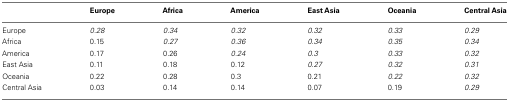
|  | Europe | Africa | America | East Asia | Oceania | Central Asia |
 | --- | --- | --- | --- | --- | --- | --- |
 | Europe | 0.28 | 0.34 | 0.32 | 0.32 | 0.33 | 0.29 |
 | Africa | 0.15 | 0.27 | 0.36 | 0.34 | 0.35 | 0.34 |
 | America | 0.17 | 0.26 | 0.24 | 0.3 | 0.33 | 0.32 |
 | East Asia | 0.11 | 0.18 | 0.12 | 0.27 | 0.32 | 0.31 |
 | Oceania | 0.22 | 0.28 | 0.3 | 0.21 | 0.22 | 0.32 |
 | Central Asia | 0.03 | 0.14 | 0.14 | 0.07 | 0.19 | 0.29 |